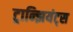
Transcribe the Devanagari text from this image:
ट्रान्झियंट्स